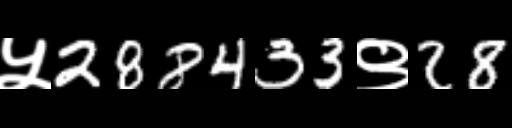
Text: ५288433९28